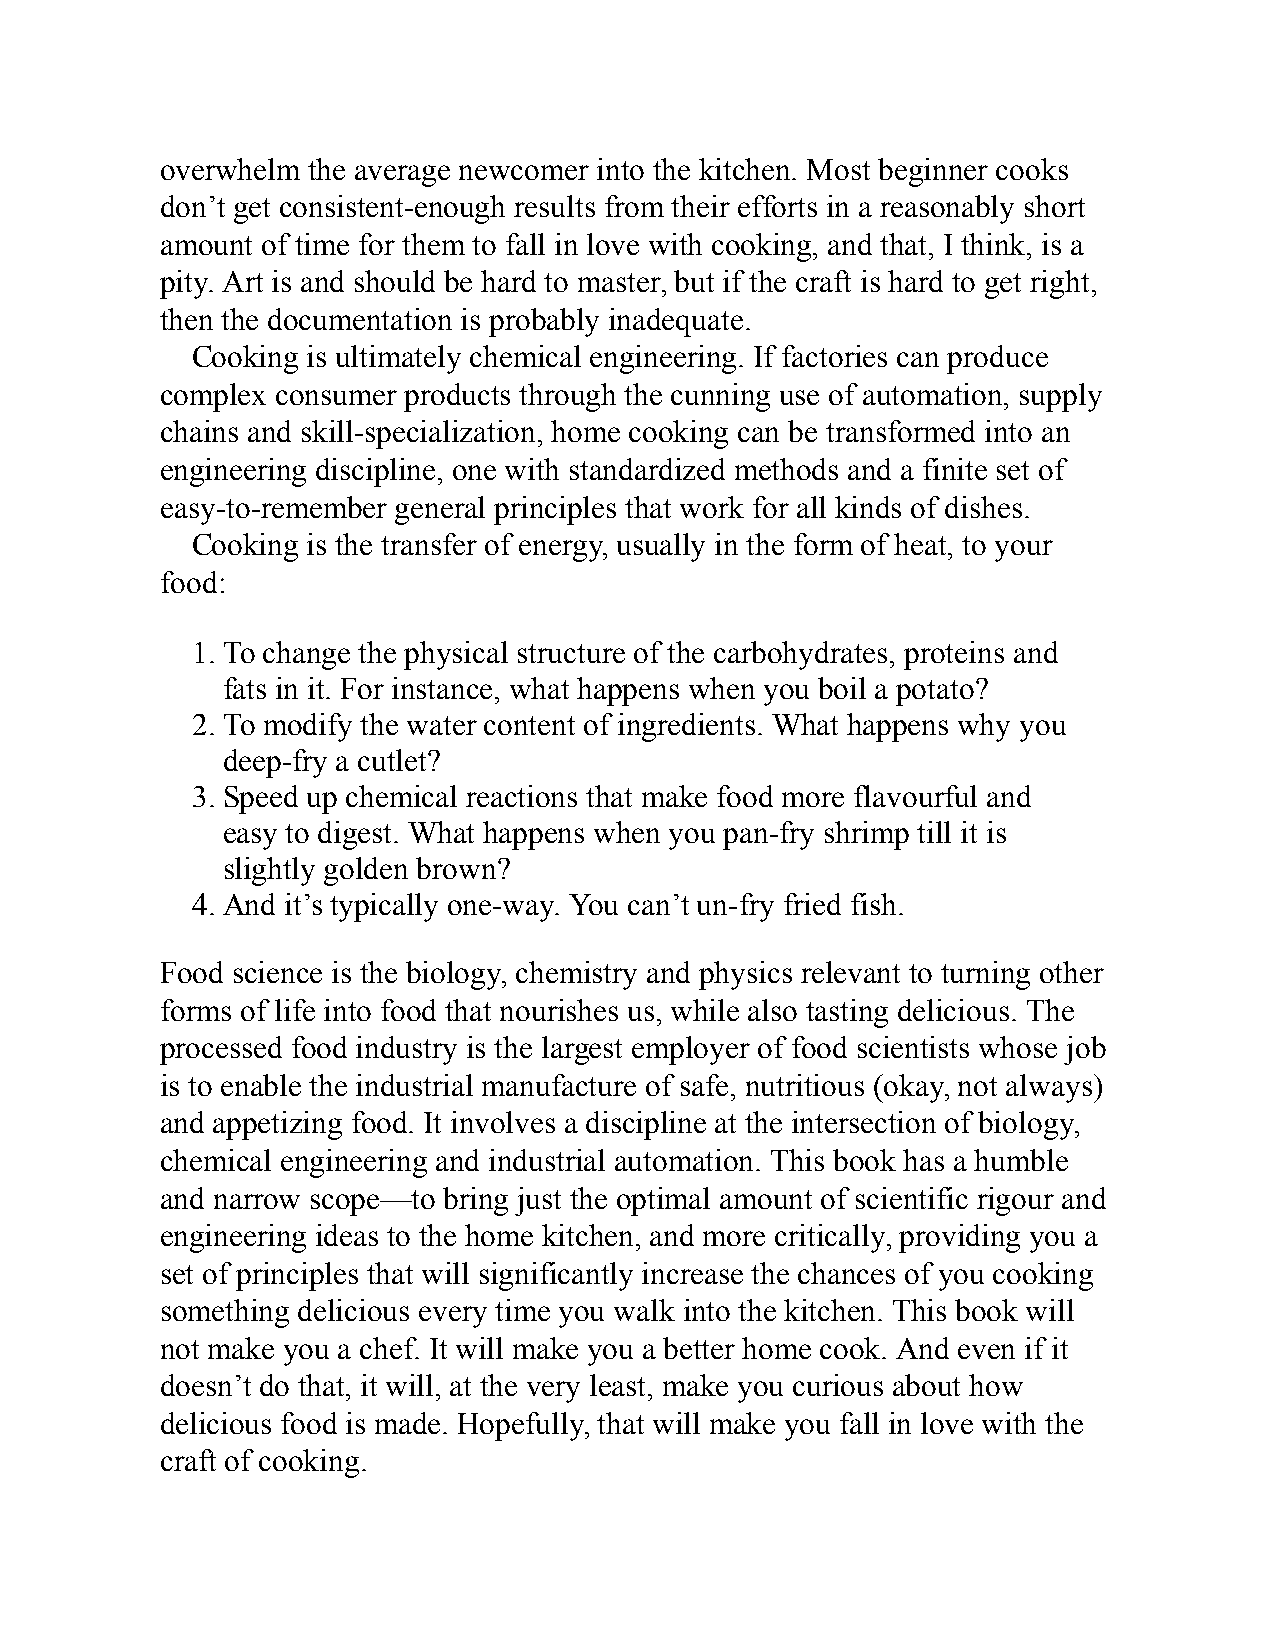
overwhelm the average newcomer into the kitchen. Most beginner cooks
 don’t get consistent-enough results from their efforts in a reasonably short
 amount of time for them to fall in love with cooking, and that, I think, is a
 pity. Art is and should be hard to master, but if the craft is hard to get right,
 then the documentation is probably inadequate.
 Cooking is ultimately chemical engineering. If factories can produce
 complex consumer products through the cunning use of automation, supply
 chains and skill-specialization, home cooking can be transformed into an
 engineering discipline, one with standardized methods and a finite set of
 easy-to-remember general principles that work for all kinds of dishes.
 Cooking is the transfer of energy, usually in the form of heat, to your
 food:
 1. To change the physical structure of the carbohydrates, proteins and
 fats in it. For instance, what happens when you boil a potato?
 2. To modify the water content of ingredients. What happens why you
 deep-fry a cutlet?
 3. Speed up chemical reactions that make food more flavourful and
 easy to digest. What happens when you pan-fry shrimp till it is
 slightly golden brown?
 4. And it’s typically one-way. You can’t un-fry fried fish.
 Food science is the biology, chemistry and physics relevant to turning other
 forms of life into food that nourishes us, while also tasting delicious. The
 processed food industry is the largest employer of food scientists whose job
 is to enable the industrial manufacture of safe, nutritious (okay, not always)
 and appetizing food. It involves a discipline at the intersection of biology,
 chemical engineering and industrial automation. This book has a humble
 and narrow scope—to bring just the optimal amount of scientific rigour and
 engineering ideas to the home kitchen, and more critically, providing you a
 set of principles that will significantly increase the chances of you cooking
 something delicious every time you walk into the kitchen. This book will
 not make you a chef. It will make you a better home cook. And even if it
 doesn’t do that, it will, at the very least, make you curious about how
 delicious food is made. Hopefully, that will make you fall in love with the
 craft of cooking.